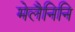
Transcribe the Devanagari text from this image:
मेलैनिनि